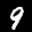
Label: 9